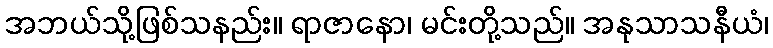
အဘယ်သို့ဖြစ်သနည်း။ ရာဇာနော၊ မင်းတို့သည်။ အနုသာသနီယံ၊